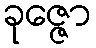
ခုဇ္ဇော